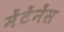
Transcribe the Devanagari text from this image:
मेंटेंनेंस